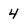
Character: 4